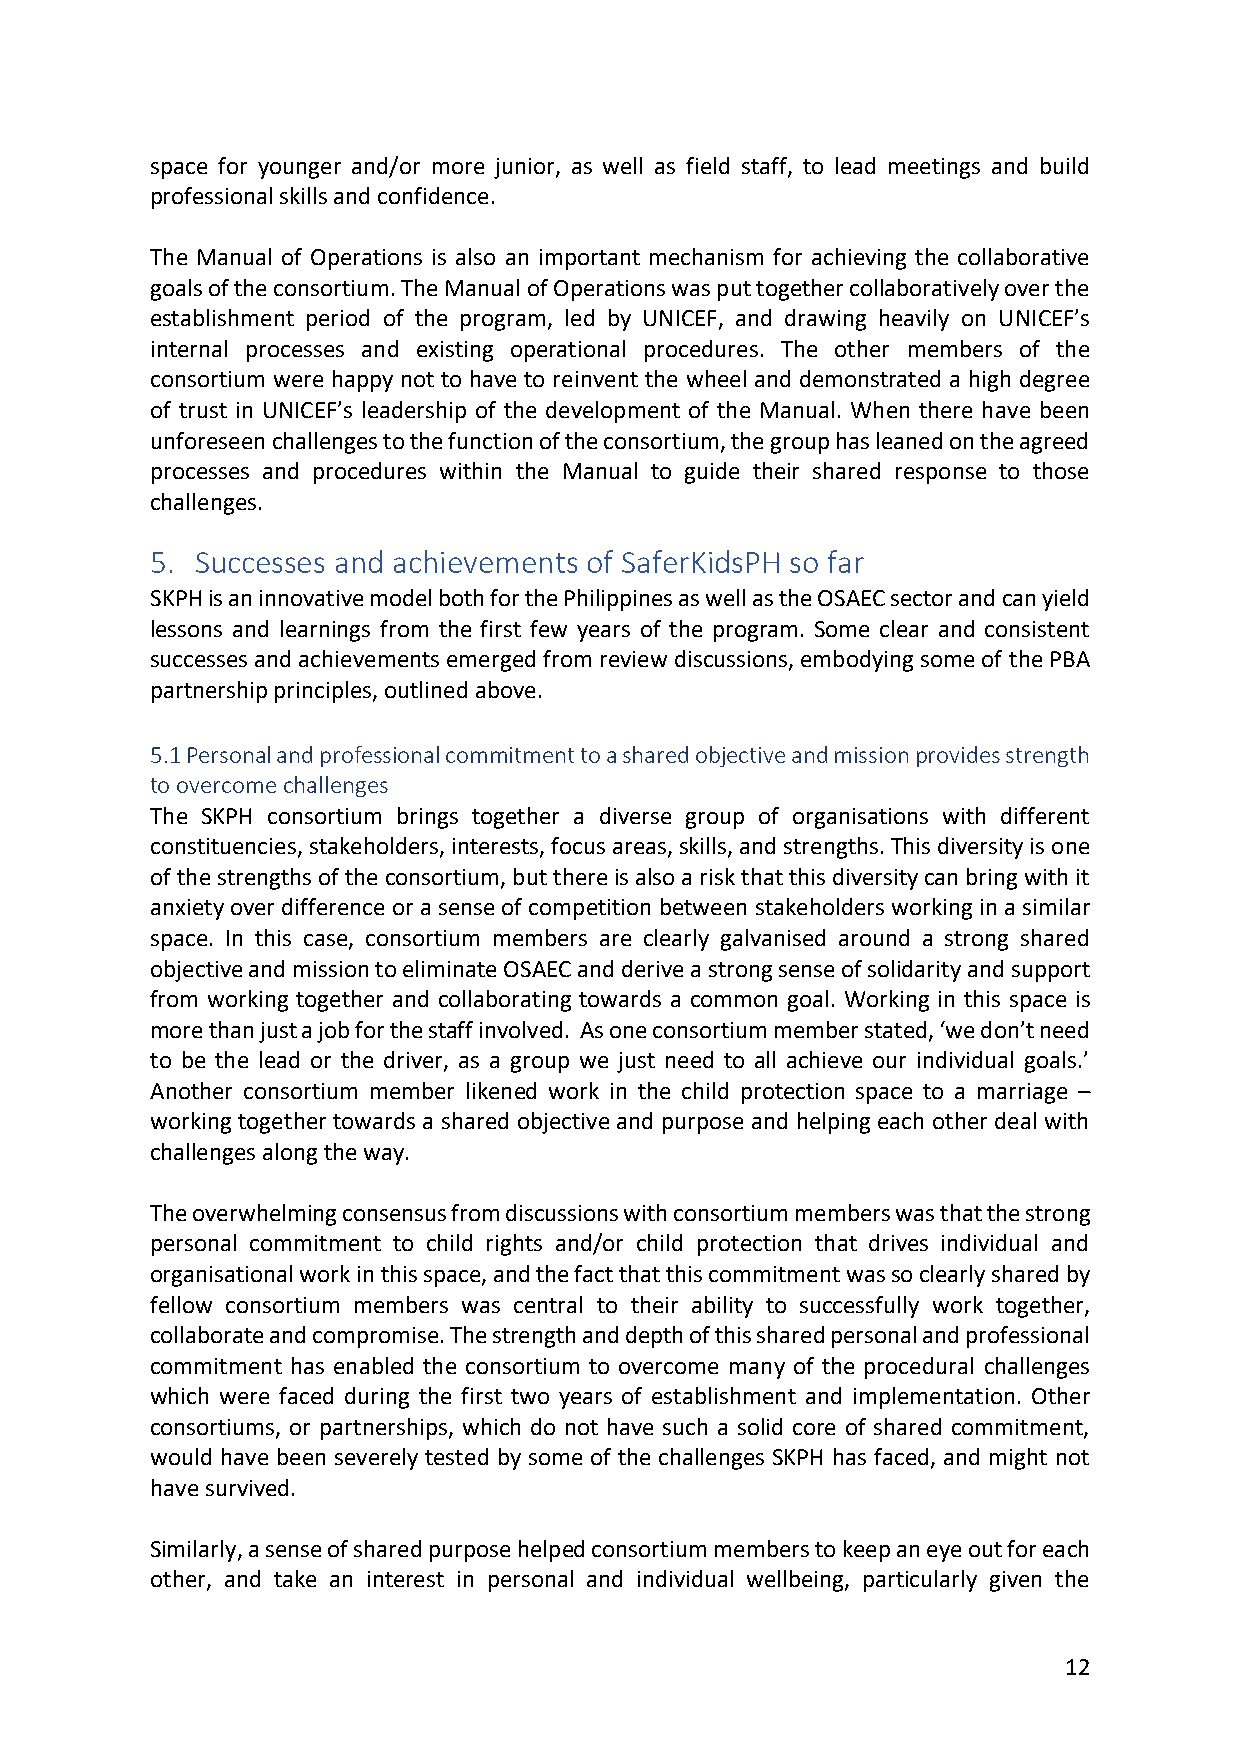
space for younger and/or more junior, as well as field staff, to lead meetings and build
 professional skills and confidence.
 The Manual of Operations is also an important mechanism for achieving the collaborative
 goals of the consortium. The Manual of Operations was put together collaboratively over the
 establishment period of the program, led by UNICEF, and drawing heavily on UNICEF’s
 internal processes and existing operational procedures. The other members of the
 consortium were happy not to have to reinvent the wheel and demonstrated a high degree
 of trust in UNICEF’s leadership of the development of the Manual. When there have been
 unforeseen challenges to the function of the consortium, the group has leaned on the agreed
 processes and procedures within the Manual to guide their shared response to those
 challenges.
 5. Successes and achievements of SaferKidsPH so far
 SKPH is an innovative model both for the Philippines as well as the OSAEC sector and can yield
 lessons and learnings from the first few years of the program. Some clear and consistent
 successes and achievements emerged from review discussions, embodying some of the PBA
 partnership principles, outlined above.
 5.1 Personal and professional commitment to a shared objective and mission provides strength
 to overcome challenges
 The SKPH consortium brings together a diverse group of organisations with different
 constituencies, stakeholders, interests, focus areas, skills, and strengths. This diversity is one
 of the strengths of the consortium, but there is also a risk that this diversity can bring with it
 anxiety over difference or a sense of competition between stakeholders working in a similar
 space. In this case, consortium members are clearly galvanised around a strong shared
 objective and mission to eliminate OSAEC and derive a strong sense of solidarity and support
 from working together and collaborating towards a common goal. Working in this space is
 more than just a job for the staff involved. As one consortium member stated, ‘we don’t need
 to be the lead or the driver, as a group we just need to all achieve our individual goals.’
 Another consortium member likened work in the child protection space to a marriage –
 working together towards a shared objective and purpose and helping each other deal with
 challenges along the way.
 The overwhelming consensus from discussions with consortium members was that the strong
 personal commitment to child rights and/or child protection that drives individual and
 organisational work in this space, and the fact that this commitment was so clearly shared by
 fellow consortium members was central to their ability to successfully work together,
 collaborate and compromise. The strength and depth of this shared personal and professional
 commitment has enabled the consortium to overcome many of the procedural challenges
 which were faced during the first two years of establishment and implementation. Other
 consortiums, or partnerships, which do not have such a solid core of shared commitment,
 would have been severely tested by some of the challenges SKPH has faced, and might not
 have survived.
 Similarly, a sense of shared purpose helped consortium members to keep an eye out for each
 other, and take an interest in personal and individual wellbeing, particularly given the
 12